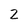
Character: 2